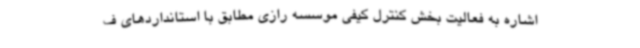
اشاره به فعالیت بخش کنترل کیفی موسسه رازی مطابق با استانداردهای ف